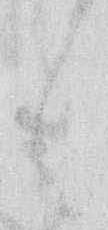
々